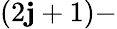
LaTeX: (2\mathbf{j}+1)-